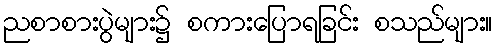
ညစာစားပွဲများ၌ စကားပြောရခြင်း စသည်များ။